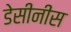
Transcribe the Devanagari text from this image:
डेसीनीस